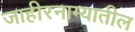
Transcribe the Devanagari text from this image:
जाहीरनाम्यातील